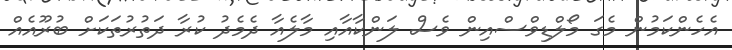
އެހެންކަމުން މެގަ މޯލްޑިވްސްއިން ވެސް ލަންކާއާއި މާލެއާ ދެމެދު ކުރާ ދަތުރުތަކަށް ބުރޫއެއް